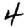
Digit: 4